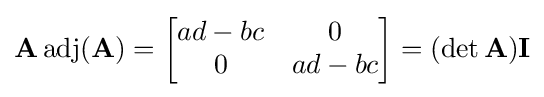
\mathbf {A} \operatorname {adj} (\mathbf {A} )={\begin{bmatrix}ad-bc&0\\0&ad-bc\end{bmatrix}}=(\det \mathbf {A} )\mathbf {I}